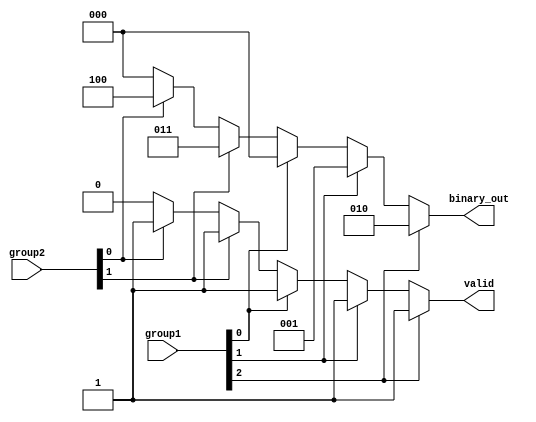
module dual_priority_encoder (
    input wire [2:0] group1,  // Group 1 inputs (I0, I1, I2)
    input wire [1:0] group2,  // Group 2 inputs (I3, I4)
    output reg [2:0] binary_out, // Binary output (3 bits for 5 inputs)
    output reg valid          // Valid output
);

    always @(*) begin
        // Default outputs
        binary_out = 3'b000; // Default to 0
        valid = 1'b0;        // Default to invalid

        // Check Group 1 inputs first (Higher Priority)
        if (group1[2]) begin
            binary_out = 3'b010; // I2 is active
            valid = 1'b1;
        end else if (group1[1]) begin
            binary_out = 3'b001; // I1 is active
            valid = 1'b1;
        end else if (group1[0]) begin
            binary_out = 3'b000; // I0 is active
            valid = 1'b1;
        end 
        // If no Group 1 inputs are active, check Group 2 inputs
        else if (group2[1]) begin
            binary_out = 3'b011; // I4 is active
            valid = 1'b1;
        end else if (group2[0]) begin
            binary_out = 3'b100; // I3 is active
            valid = 1'b1;
        end
    end

endmodule